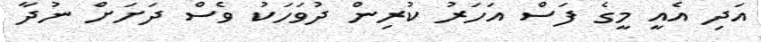
އަދި އެއީ މީގެ ފަސް އަހަރު ކުރިން ދުވަހަކު ވެސް ދަށަށް ނުދާ